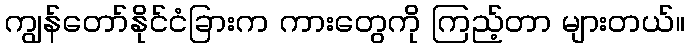
ကျွန်တော်နိုင်ငံခြားက ကားတွေကို ကြည့်တာ များတယ်။